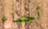
أجتماع